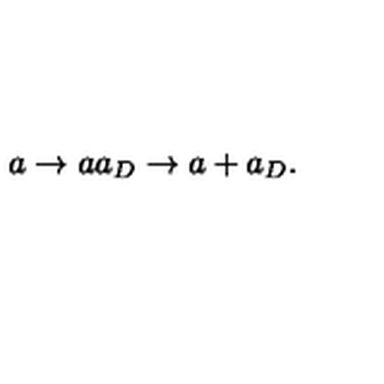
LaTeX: a \rightarrow a a _ { D } \rightarrow a + a _ { D } .